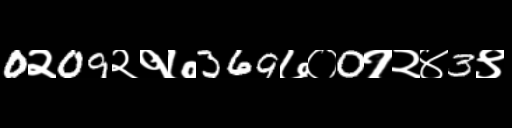
Text: 0२09२१७369७०0१२४3९